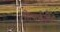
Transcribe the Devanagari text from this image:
फिल्ममेकिंग